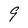
Character: 9